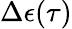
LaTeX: \Delta\epsilon(\tau)